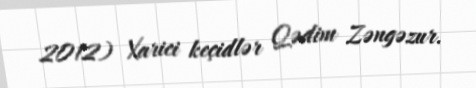
2012) Xarici keçidlər Qədim Zəngəzur.